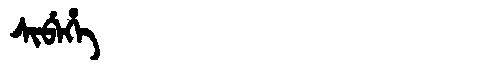
Manchu: ᠰᡳᠪᡝᡥᡝ
Romanization: SIBEHE